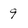
Character: 9